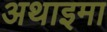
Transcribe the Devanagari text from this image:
अथाइमा